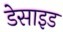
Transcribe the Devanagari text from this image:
डेसाइड